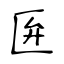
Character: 匥